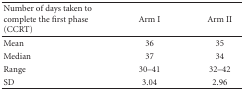
| Number of days taken to complete the first phase (CCRT) | Arm I | Arm II |
 | --- | --- | --- |
 | Mean | 36 | 35 |
 | Median | 37 | 34 |
 | Range | 30–41 | 32–42 |
 | SD | 3.04 | 2.96 |